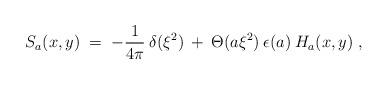
LaTeX: \begin{align*}S_a(x,y) \;=\; -\frac{1}{4 \pi}\:\delta(\xi^2) \:+\: \Theta(a \xi^2) \:\epsilon(a) \:H_a(x,y) \;, \end{align*}